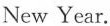
New Year.